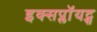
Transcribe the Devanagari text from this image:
इक्सप्लॉयट्स